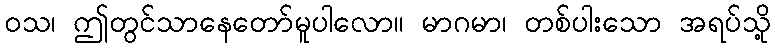
ဝသ၊ ဤတွင်သာနေတော်မူပါလော။ မာဂမာ၊ တစ်ပါးသော အရပ်သို့